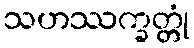
သဟဿက္ခတ္တုံ